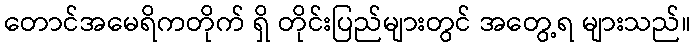
တောင်အမေရိကတိုက် ရှိ တိုင်းပြည်များတွင် အတွေ့ရ များသည်။